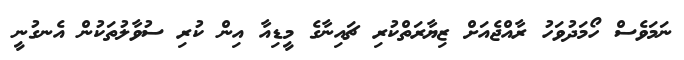
ނަމަވެސް ހޯމަދުވަހު ރާއްޖެއަށް ޒިޔާރަތްކުރި ޗައިނާގެ މީޑިއާ އިން ކުރި ސުވާލުތަކުން އެނގުނީ